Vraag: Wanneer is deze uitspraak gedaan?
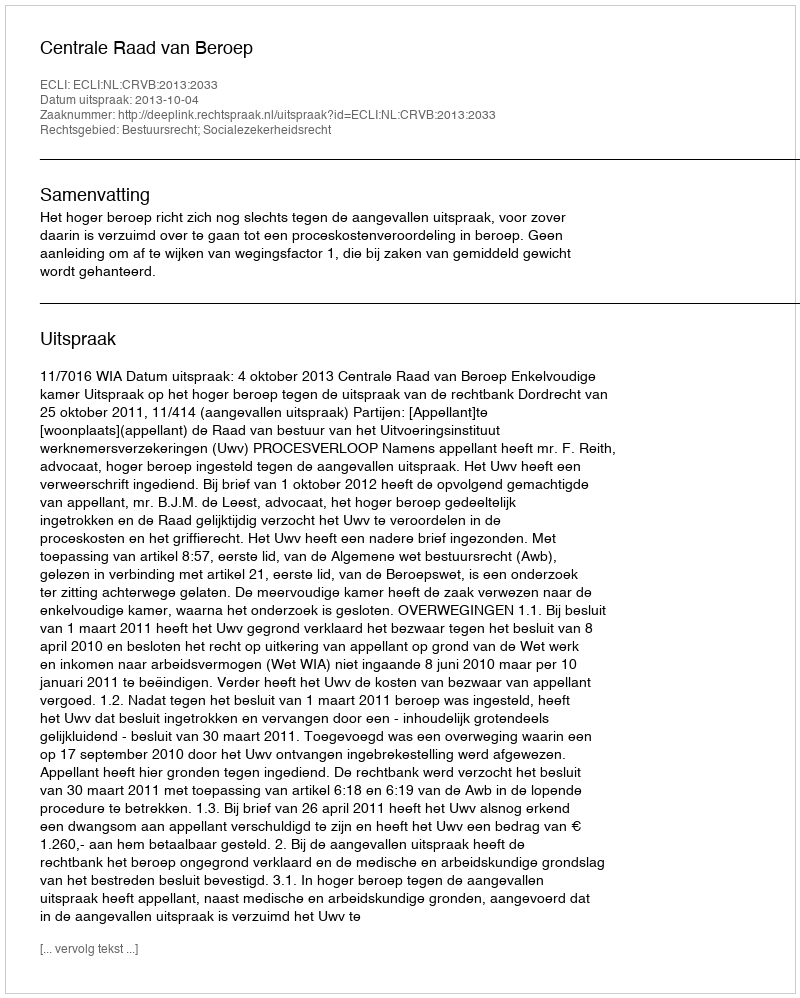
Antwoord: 2013-10-04